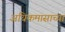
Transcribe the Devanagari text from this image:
अधिकमासाच्या